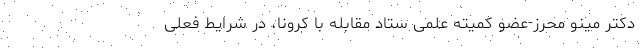
دکتر مینو محرز-عضو کمیته علمی ستاد مقابله با کرونا، در شرایط فعلی